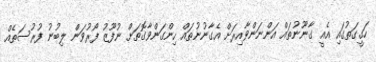
ހަގީގަތުގައި އެއީ ގާނޫނުތައް އަންނަންވާއިރަށް އެގާނުނުތައް ހިންގަންވާގޮތަށް ނުފޫޒު ފޯރުވަން ލިބުނު ފުރުސަތެއް